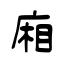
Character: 廂